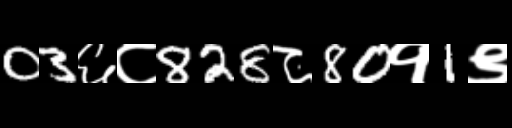
Text: 03६८828८80१1९